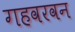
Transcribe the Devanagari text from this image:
गहवरवन